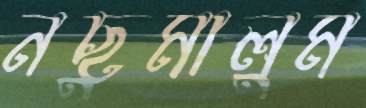
নছুমালুম